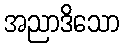
အညာဒိသော